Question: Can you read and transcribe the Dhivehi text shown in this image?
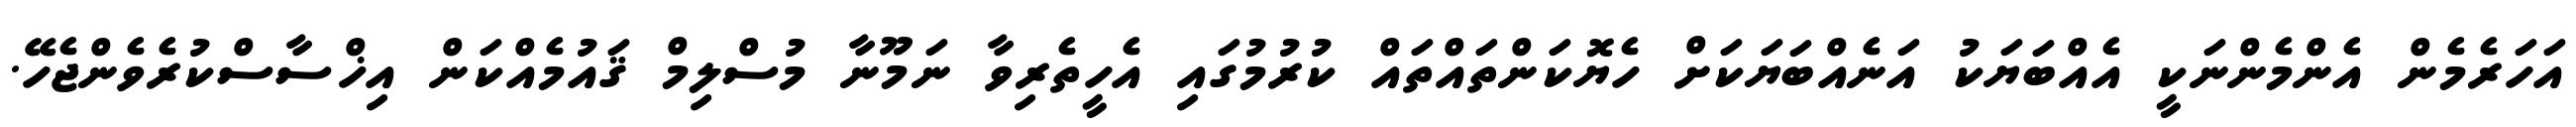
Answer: އަހަރެމެން އެންމެންނަކީ އެއްބަޔަކު އަނެއްބަޔަކަށް ހެޔޮކަންތައްތައް ކުރުމުގައި އެހީތެރިވާ ނަމޫނާ މުސްލިމް ޤައުމެއްކަން އިޚްސާސްކުރެވެންޖެހޭ.